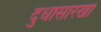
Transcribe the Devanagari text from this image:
दुधासारखा